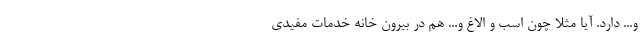
و... دارد. آیا مثلا چون اسب و الاغ و... هم در بیرون خانه خدمات مفیدی